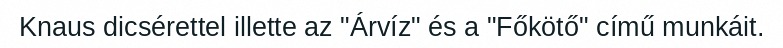
Knaus dicsérettel illette az "Árvíz" és a "Főkötő" című munkáit.